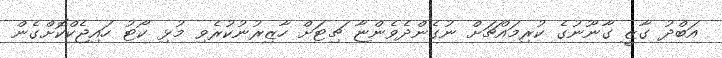
އަބްދު ގާޒީ ގާނޫނުގެ ކުރިމައްޗަށް ނުގެންދެވެންޏާ ޗިޓަށް ހާޒިރުނުކުރެވި މުޅި ކޯޓު ހައިޖެކްކޮށްގެން